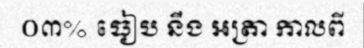
០៣% ធៀប នឹង អត្រា កាលពី